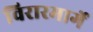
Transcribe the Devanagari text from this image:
विरारमार्गे